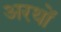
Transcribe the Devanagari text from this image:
अरथों